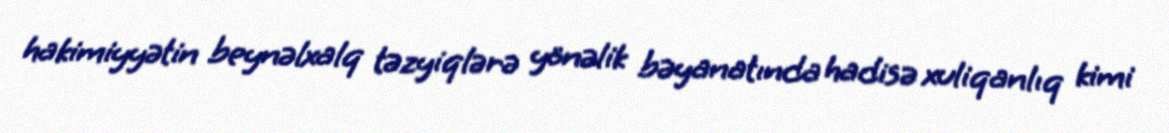
hakimiyyətin beynəlxalq təzyiqlərə yönəlik bəyanatında hadisə xuliqanlıq kimi